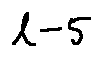
l - 5